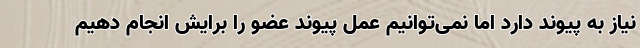
نیاز به پیوند دارد اما نمی‌توانیم عمل پیوند عضو را برایش انجام دهیم